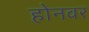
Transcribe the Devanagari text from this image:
होनवर